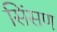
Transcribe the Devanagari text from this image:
सिंसण